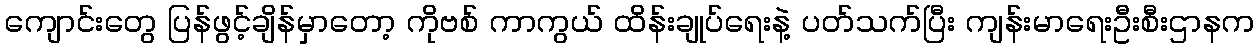
ကျောင်းတွေ ပြန်ဖွင့်ချိန်မှာတော့ ကိုဗစ် ကာကွယ် ထိန်းချုပ်ရေးနဲ့ ပတ်သက်ပြီး ကျန်းမာရေးဦးစီးဌာနက